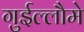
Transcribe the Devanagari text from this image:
गुईल्लौमे